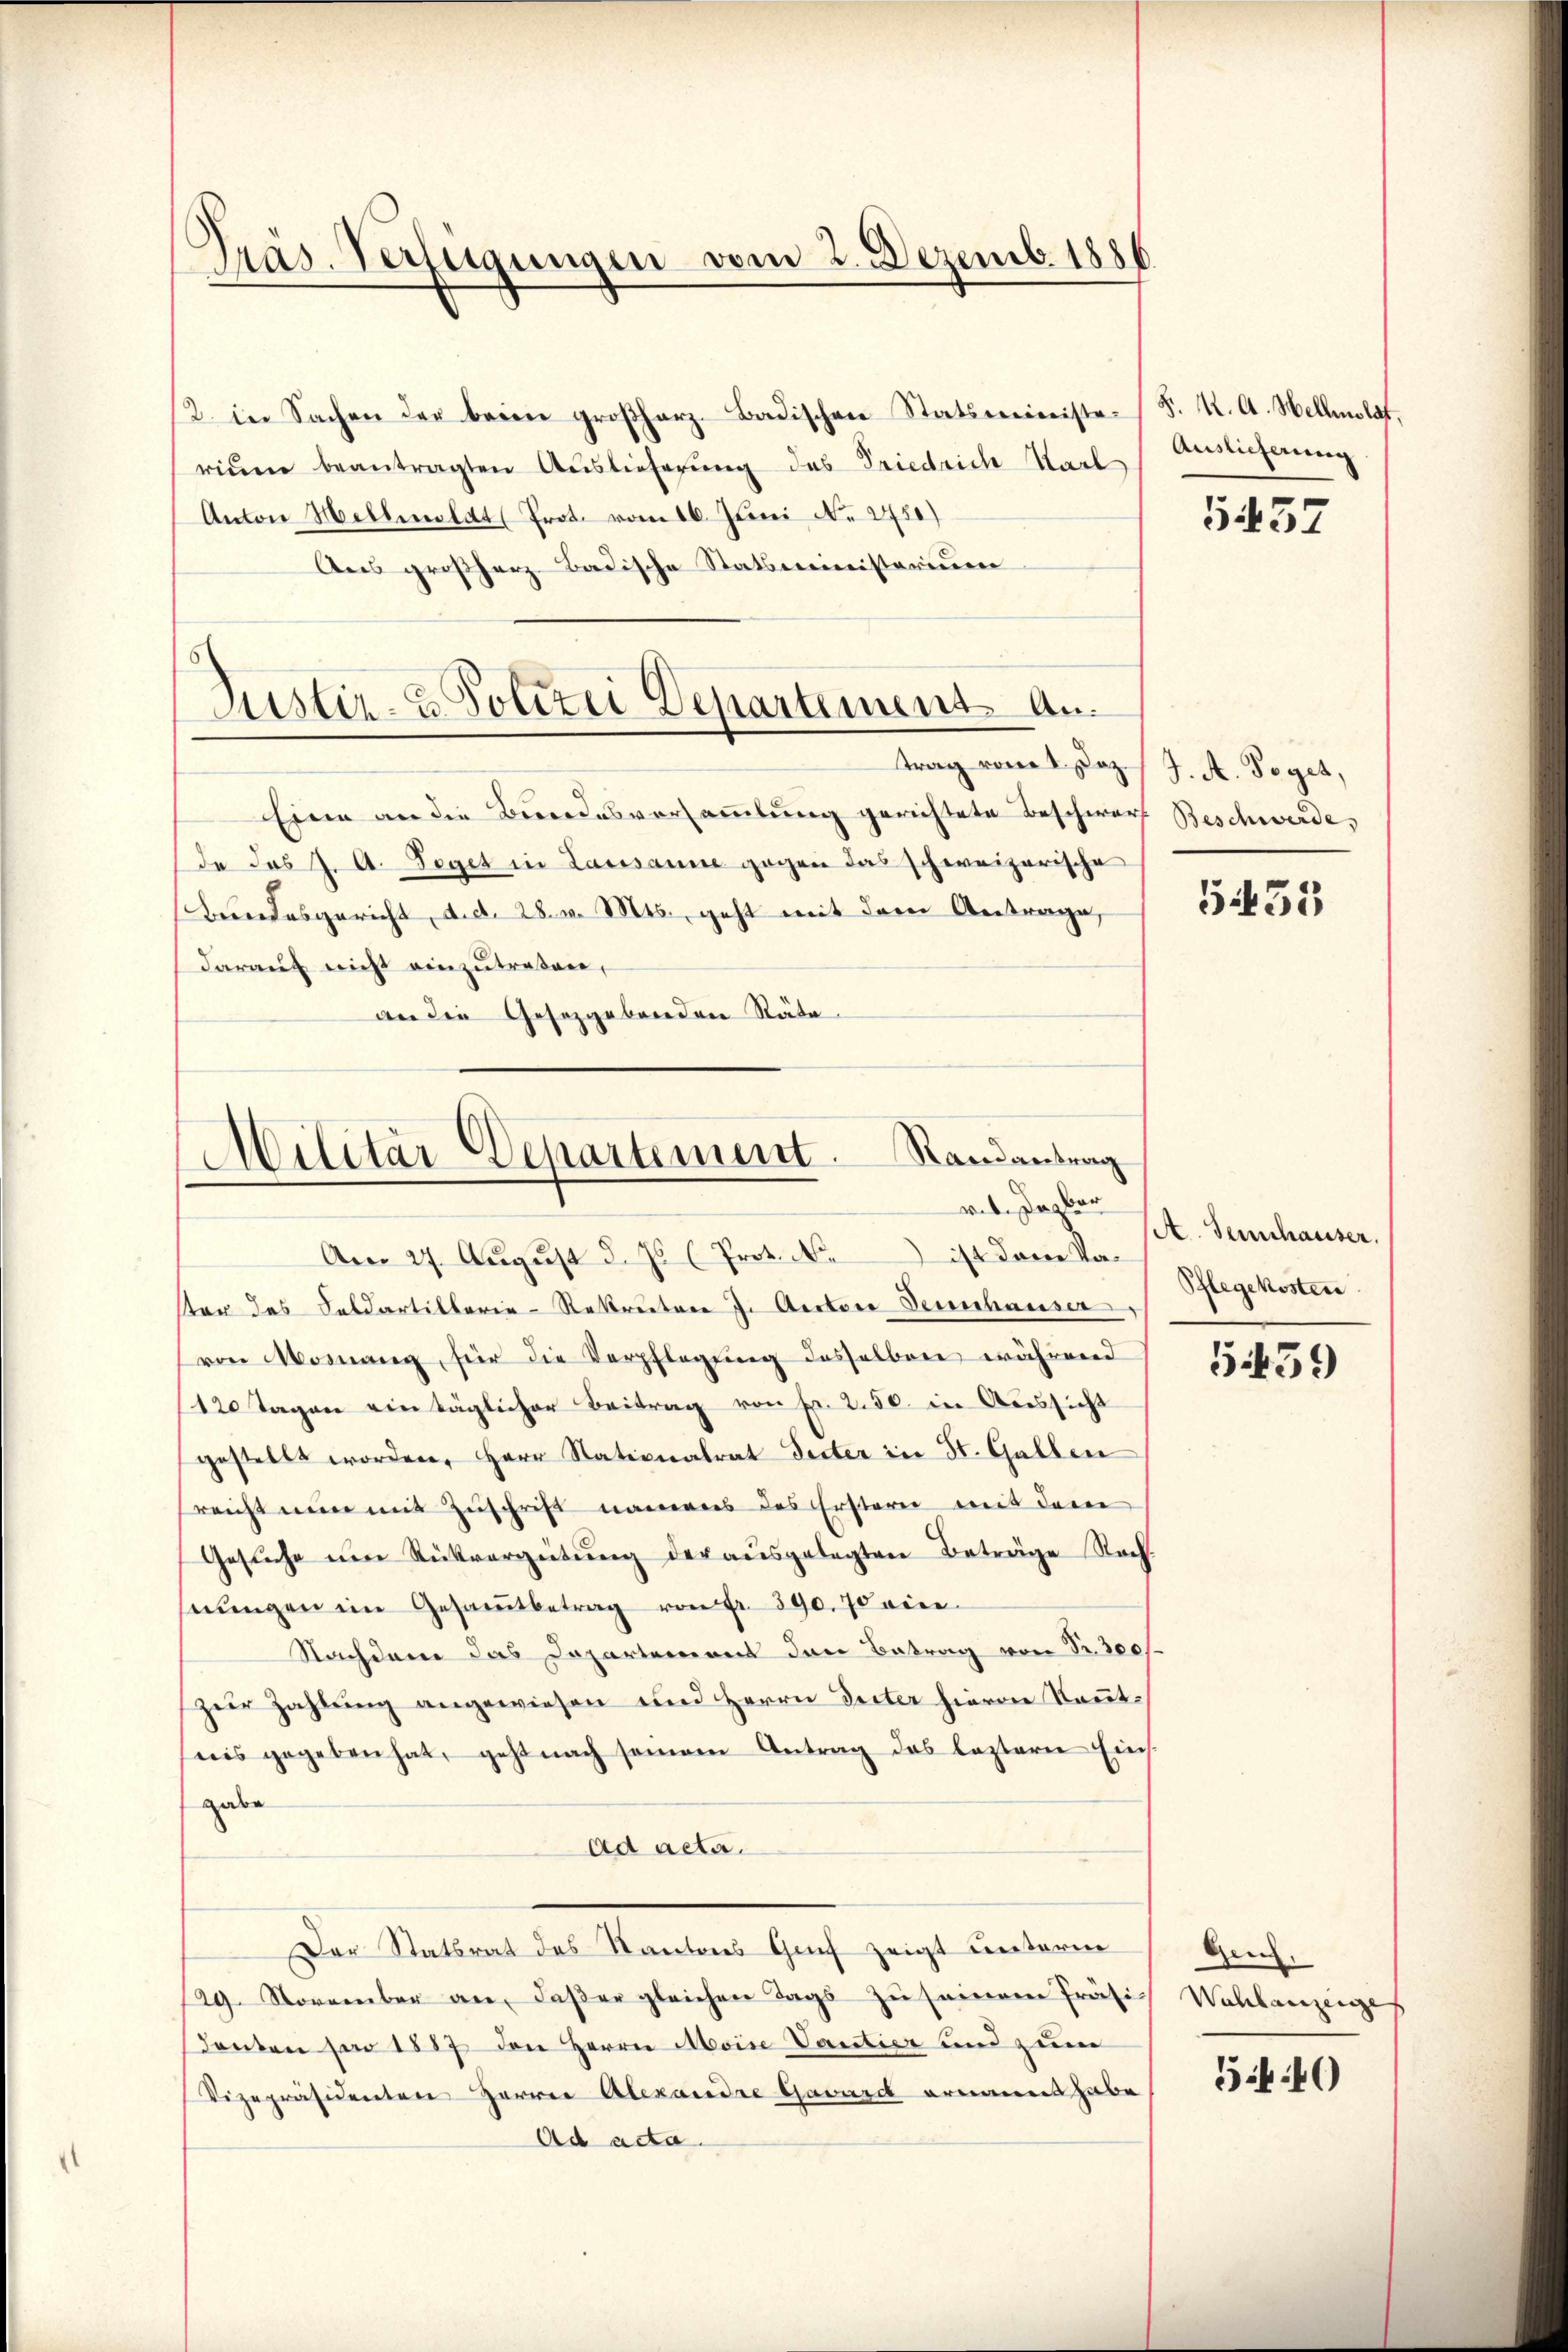
Präs. Verfügungen vom 2. Dezemb. 1886

2. in Sachen der beim großherz- Badischen Statsministe-
riŭm beantragten Auslieferung des Friedrich Stadl
Anton Melliolat (Prot. vom 16. Juni No 2450)
Aus großherz Badische Statsministerium
trag vom 1. Jos. J. A. Poget,
Eine an die Bundesversammlung gerichtete Beschwarf Beschwerde,
de das J. A. Seget in Lausanne gegen das schweizerische
Bundesgericht, d. d. 28. v. Mts. geht mit dem Antrage,
darauf nicht einzutraßen,
an die Gesetzgebenden Räte

Justiz- & Polizei Departement an.

Militär-Departement. Randantrag
vet. Dagbar
Am 27. Aŭgŭst d. Js. (Prot. N. ist dem Va¬

Ver des Soldartillerie-Rekruten J. Aector Sennhauser
(von Mosnang, für die Verpflegung desselben während
120 Tagen ein täglicher Beitrag von Fr. 250. in Aussicht
gestellt worden, Herr Stationalrat Seiter in St. Gallen
reicht nun mit Zuschrift namens des Erstern mit dem
Gesŭche ŭm Rückvergütŭng der aŭsgelegten Beträge Rech-
hnŭngen im Gesamtbetrag von Fr. 390. Ja eine
Nachdem das Departement den Betrag von Fr. 300f.
zur Zahlung angewiesen und Herrn Seiter hievon Kenntnis gegeben hat, geht nach seinem Antrag das leztere Eins
gabe
ad acta.
Der Statsrat des Kantons Genf zeigt unterm
29. November an, daβ er gleichen Tags zu seinen Präsi Wahlanzeige
denten par 1887 den Herrn Moise Vautier und zum
Vizepräsidenten Herrn Alexandre Gawird ernannt habe
Ad acta.

S. K. A. Hellmolgt.
Auslieferung

5437

5435

A. Sennhauser.
Pflegekosten

5459

Gen.

540